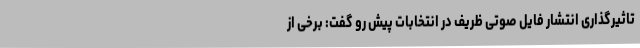
تاثیرگذاری انتشار فایل صوتی ظریف در انتخابات پیش رو گفت: برخی از